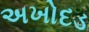
અખોદડ